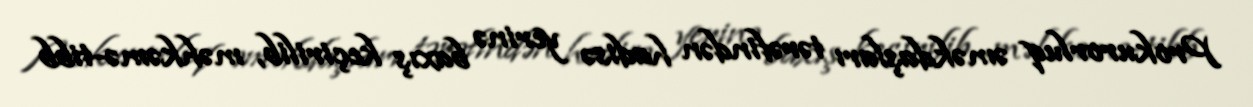
Prokurorluq əməkdaşları tərəfindən hadisə yerinə baxış keçirilib, məhkəmə-tibb